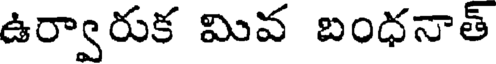
ఉర్వారుక మివ బంధనాత్